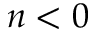
n < 0